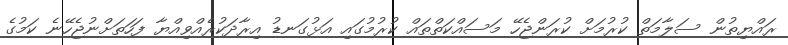
ރައްޔިތުން ސަލާމަތް ކުރުމަށް ކުރަންޖެހޭ މަސައްކަތްތައް ކުރުމުގައި އަޅުގަނޑު އިރާދަކުރެއްވިއްޔާ ފަހަތަށްނުޖެހޭނެ ކަމުގެ